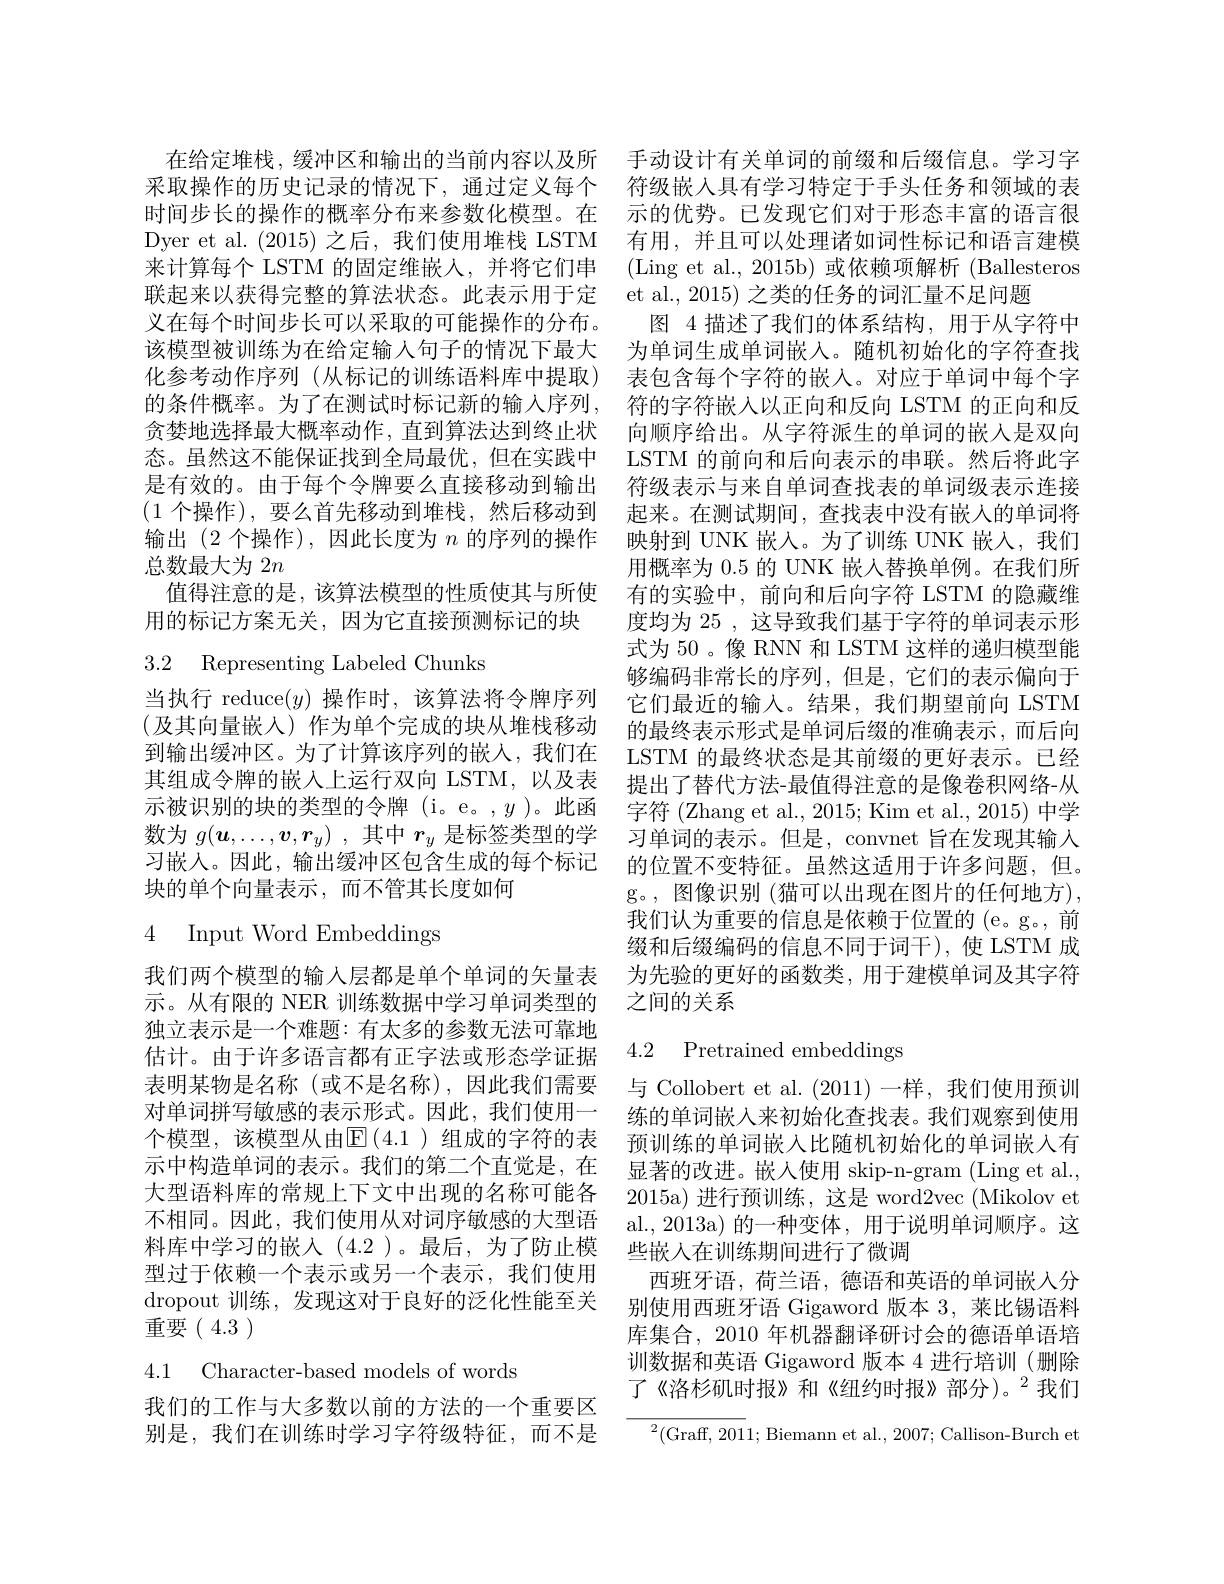
在给定堆栈，缓冲区和输出的当前内容以及所 手动设计有关单词的前缀和后缀信息。学习字采取操作的历史记录的情况下，通过定义每个 符级嵌入具有学习特定于手头任务和领域的表时间步长的操作的概率分布来参数化模型。在 示的优势。已发现它们对于形态丰富的语言很Dyer et al. (2015)之后，我们使用堆栈 LSTM 有用，并且可以处理诸如词性标记和语言建模来计算每个 LSTM 的固定维嵌人，并将它们串 (Ling et al., 2015b) 或依赖项解析 (Ballesteros 联起来以获得完整的算法状态。此表示用于定 et al., 2015) 之类的任务的词汇量不足问题
义在每个时间步长可以采取的可能操作的分布。
该模型被训练为在给定输人句子的情况下最大 为单词生成单词嵌入。随机初始化的字符查找化参考动作序列 (从标记的训练语料库中提取) 表包含每个字符的嵌人。对应于单词中每个字的条件概率。为了在测试时标记新的输入序列，符的字符嵌人以正向和反向 LSTM 的正向和反贪婪地选择最大概率动作，直到算法达到终止状 向顺序给出。从字符派生的单词的嵌人是双向态。虽然这不能保证找到全局最优，但在实践中 LSTM 的前向和后向表示的串联。然后将此字是有效的。由于每个令牌要么直接移动到输出 符级表示与来自单词查找表的单词级表示连接(1 个操作),要么首先移动到堆栈，然后移动到 起来。在测试期间，查找表中没有嵌人的单词将输出(2 个操作),因此长度为$n$的序列的操作 映射到 UNK 嵌人。为了训练 UNK 嵌人，我们总数最大为 2$n$
值得注意的是，该算法模型的性质使其与所使 有的实验中，前向和后向字符 LSTM 的隐藏维
用的标记方案无关，因为它直接预测标记的块

3.2 Representing Labeled Chunks

当执行 reduce$(y)$操作时，该算法将令牌序列(及其向量嵌入)作为单个完成的块从堆栈移动到输出缓冲区。为了计算该序列的嵌入，我们在块的单个向量表示，而不管其长度如何

4 Input Word Embeddings

独立表示是一个难题：有太多的参数无法可靠地
表明某物是名称 (或不是名称),因此我们需要 与 Collobert et al.(2011)一样，我们使用预训对单词拼写敏感的表示形式。因此，我们使用一 练的单词嵌人来初始化查找表。我们观察到使用个模型，该模型从由$\mathbb{E}(4.1)$ 组成的字符的表 预训练的单词嵌入比随机初始化的单词嵌人有示中构造单词的表示。我们的第二个直觉是，在 显著的改进。嵌人使用 skip-n-gram (Ling et al., 大型语料库的常规上下文中出现的名称可能各 2015a) 进行预训练，这是 word2vec (Mikolov et 不相同。因此，我们使用从对词序敏感的大型语 al.,2013a)的一种变体，用于说明单词顺序。这料库中学习的嵌入(4.2 )。最后，为了防止模 些嵌人在训练期间进行了微调
型过于依赖一个表示或另一个表示，我们使用 西班牙语，荷兰语，德语和英语的单词嵌人分$\begin{array}{l}\mathrm{dropout~}\text{训练，发现这对于良好的泛化性能至关}&\text{别使用西班牙语 Gigaword 版本 3, 莱比锡语料}\\\mathrm{dropout~}\text{训练，发现这对于良好的泛化性能至关}&\text{别使用西班牙语 Gigaword 版本 3, 莱比锡语料}\end{array}$ 重要(4.3)

4.1 Character-based models of words

我们的工作与大多数以前的方法的一个重要区
别是，我们在训练时学习字符级特征，而不是 $\overline {^2( \text{Graff}, 2011; \text{Biemann et al}. , 2007; \text{Callison- Burch et}}$

图 4 描述了我们的体系结构，用于从字符中用概率为 0.5 的 UNK 嵌人替换单例。在我们所度均为 25 , 这导致我们基于字符的单词表示形式为 50 。像 RNN 和 LSTM 这样的递归模型能够编码非常长的序列，但是，它们的表示偏向于它们最近的输入。结果，我们期望前向 LSTM 的最终表示形式是单词后缀的准确表示，而后向LSTM 的最终状态是其前缀的更好表示。已经
其组成令牌的嵌入上运行双向 LSTM, 以及表 提出了替代方法-最值得注意的是像卷积网络-从示被识别的块的类型的令牌 (i。e。,y)。此函 字符 (Zhang et al., 2015; Kim et al., 2015) 中学数为$g(\boldsymbol{u},\ldots,\boldsymbol{v},\boldsymbol{r}_y)$ ,其中$r_y$是标签类型的学 习单词的表示。但是，convnet 旨在发现其输入习嵌人。因此，输出缓冲区包含生成的每个标记 的位置不变特征。虽然这适用于许多问题，但。
g。, 图像识别 (猫可以出现在图片的任何地方), 我们认为重要的信息是依赖于位置的 (e。g。, 前缀和后缀编码的信息不同于词干),使 LSTM 成
我们两个模型的输入层都是单个单词的矢量表 为先验的更好的函数类，用于建模单词及其字符
示。从有限的 NER 训练数据中学习单词类型的 之间的关系

# 估计。由于许多语言都有正字法或形态学证据 4.2 Pretrained embeddings

库集合，2010 年机器翻译研讨会的德语单语培训数据和英语 Gigaword 版本 4 进行培训 (删除了《洛杉矶时报》和《纽约时报》部分)。$^{2}$我们